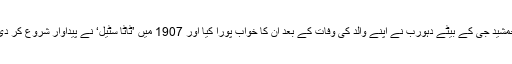
جمشید جی کے بیٹے دہورب نے اپنے والد کی وفات کے بعد ان کا خواب پورا کیا اور 1907 میں ’ٹاٹا سٹیل‘ نے پیداوار شروع کر دی۔